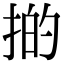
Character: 𢯊